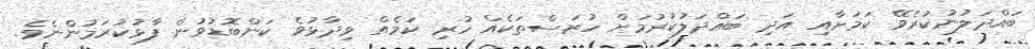
ބައްދަލުނުކުރެވޭ ކަމަށާއި އަދި ބައްދަލުކުރުމަށް ހުރަސްތަކެއް ހުރި ކަމެއް ވިދާޅުވެ ކަންބޮޑުވުން ފާޅުކުރަމުންނެވެ.